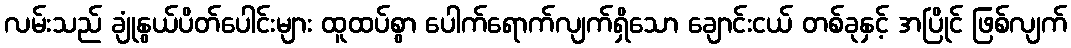
လမ်းသည် ချုံနွယ်ပိတ်ပေါင်းများ ထူထပ်စွာ ပေါက်ရောက်လျက်ရှိသော ချောင်းငယ် တစ်ခုနှင့် အပြိုင် ဖြစ်လျက်